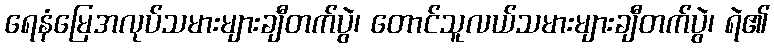
ရေနံမြေအလုပ်သမားများချီတက်ပွဲ၊ တောင်သူလယ်သမားများချီတက်ပွဲ၊ ရဲ၏